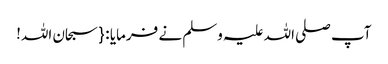
آپ صلی اللہ علیہ وسلم نے فرمایا : { سبحان اللہ!